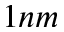
1 n m